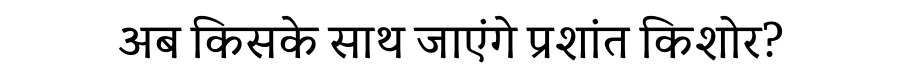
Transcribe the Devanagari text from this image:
अब किसके साथ जाएंगे प्रशांत किशोर?